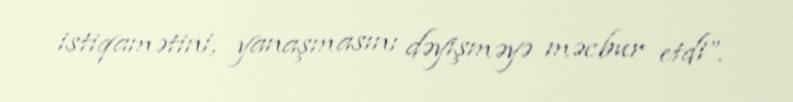
istiqamətini, yanaşmasını dəyişməyə məcbur etdi”.